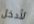
لأدخل